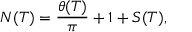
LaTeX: N ( T ) = { \frac { \theta ( T ) } { \pi } } + 1 + S ( T ) ,